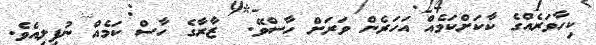
ކިހާވަރެއްގެ ކާކަށްކަމެއް އަހަރެން ވަރަށް ހާސްވޭ.  ޒާރާގެ ހާސް ކަމެއް ނުފިލިއެވެ.